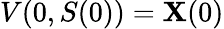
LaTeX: V(0,S(0))=\mathbf{X}(0)